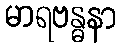
မာရဗန္ဓနာ